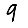
Digit: 9